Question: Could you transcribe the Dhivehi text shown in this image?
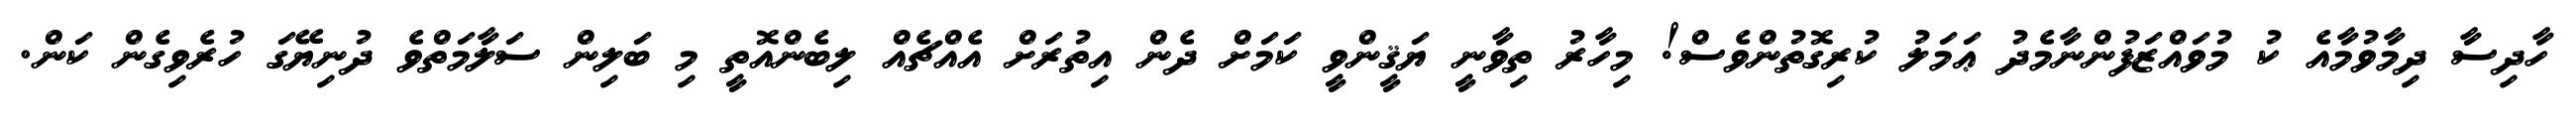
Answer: ހާދިސާ ދިމާވުމާއެ ކު މުވައްޒަފުންނާމެދު ޢަމަލު ކުރިގޮތުންވެސް! މިހާރު ތިވާނީ ޔަޤީންވީ ކަމަށް ދެން އިތުރަށް އެއްޗެއް ލިބެންއޮތީ މި ބަލިން ސަލާމަތްވެ ދުނިޔޭގަ ހުރެވިގެން ކަން.